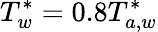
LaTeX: T_{w}^{\ast}=0.8T_{a,w}^{\ast}